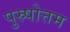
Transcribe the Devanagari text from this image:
पुस्र्षोत्तम